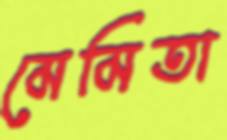
মেমিতা